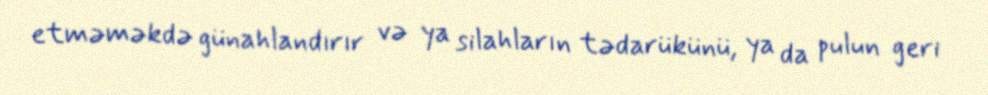
etməməkdə günahlandırır və ya silahların tədarükünü, ya da pulun geri